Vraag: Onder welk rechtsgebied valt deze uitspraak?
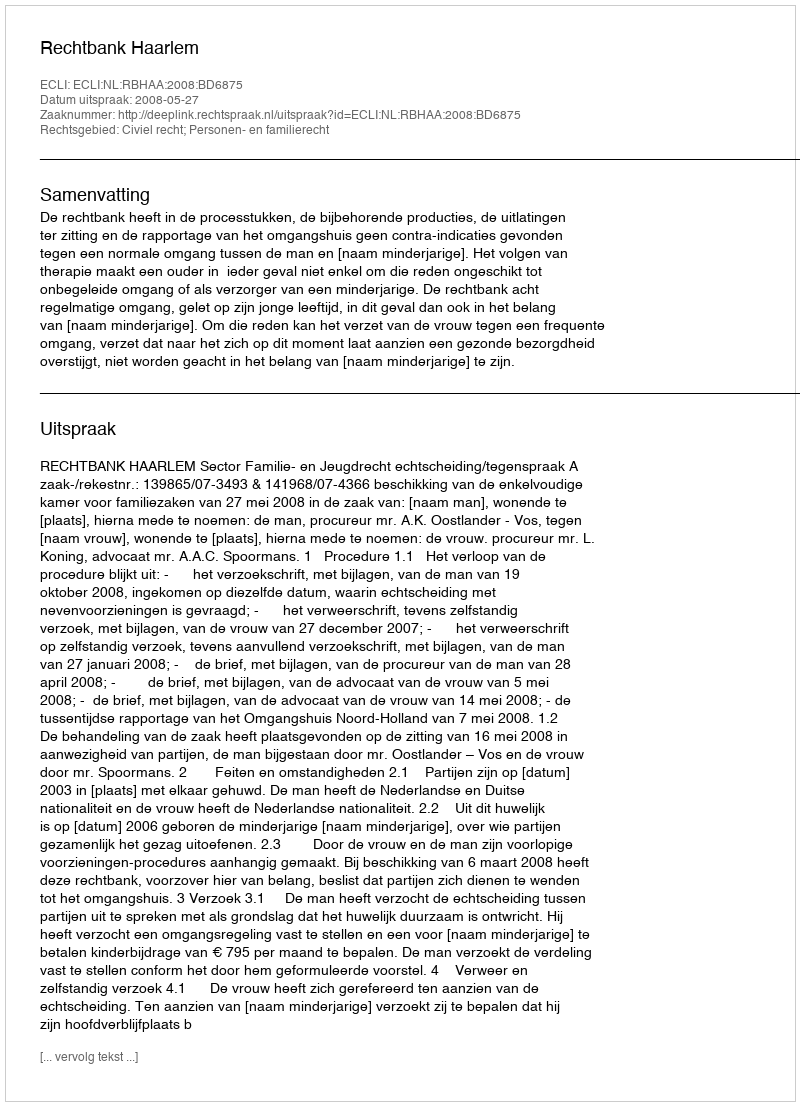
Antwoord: Civiel recht; Personen- en familierecht